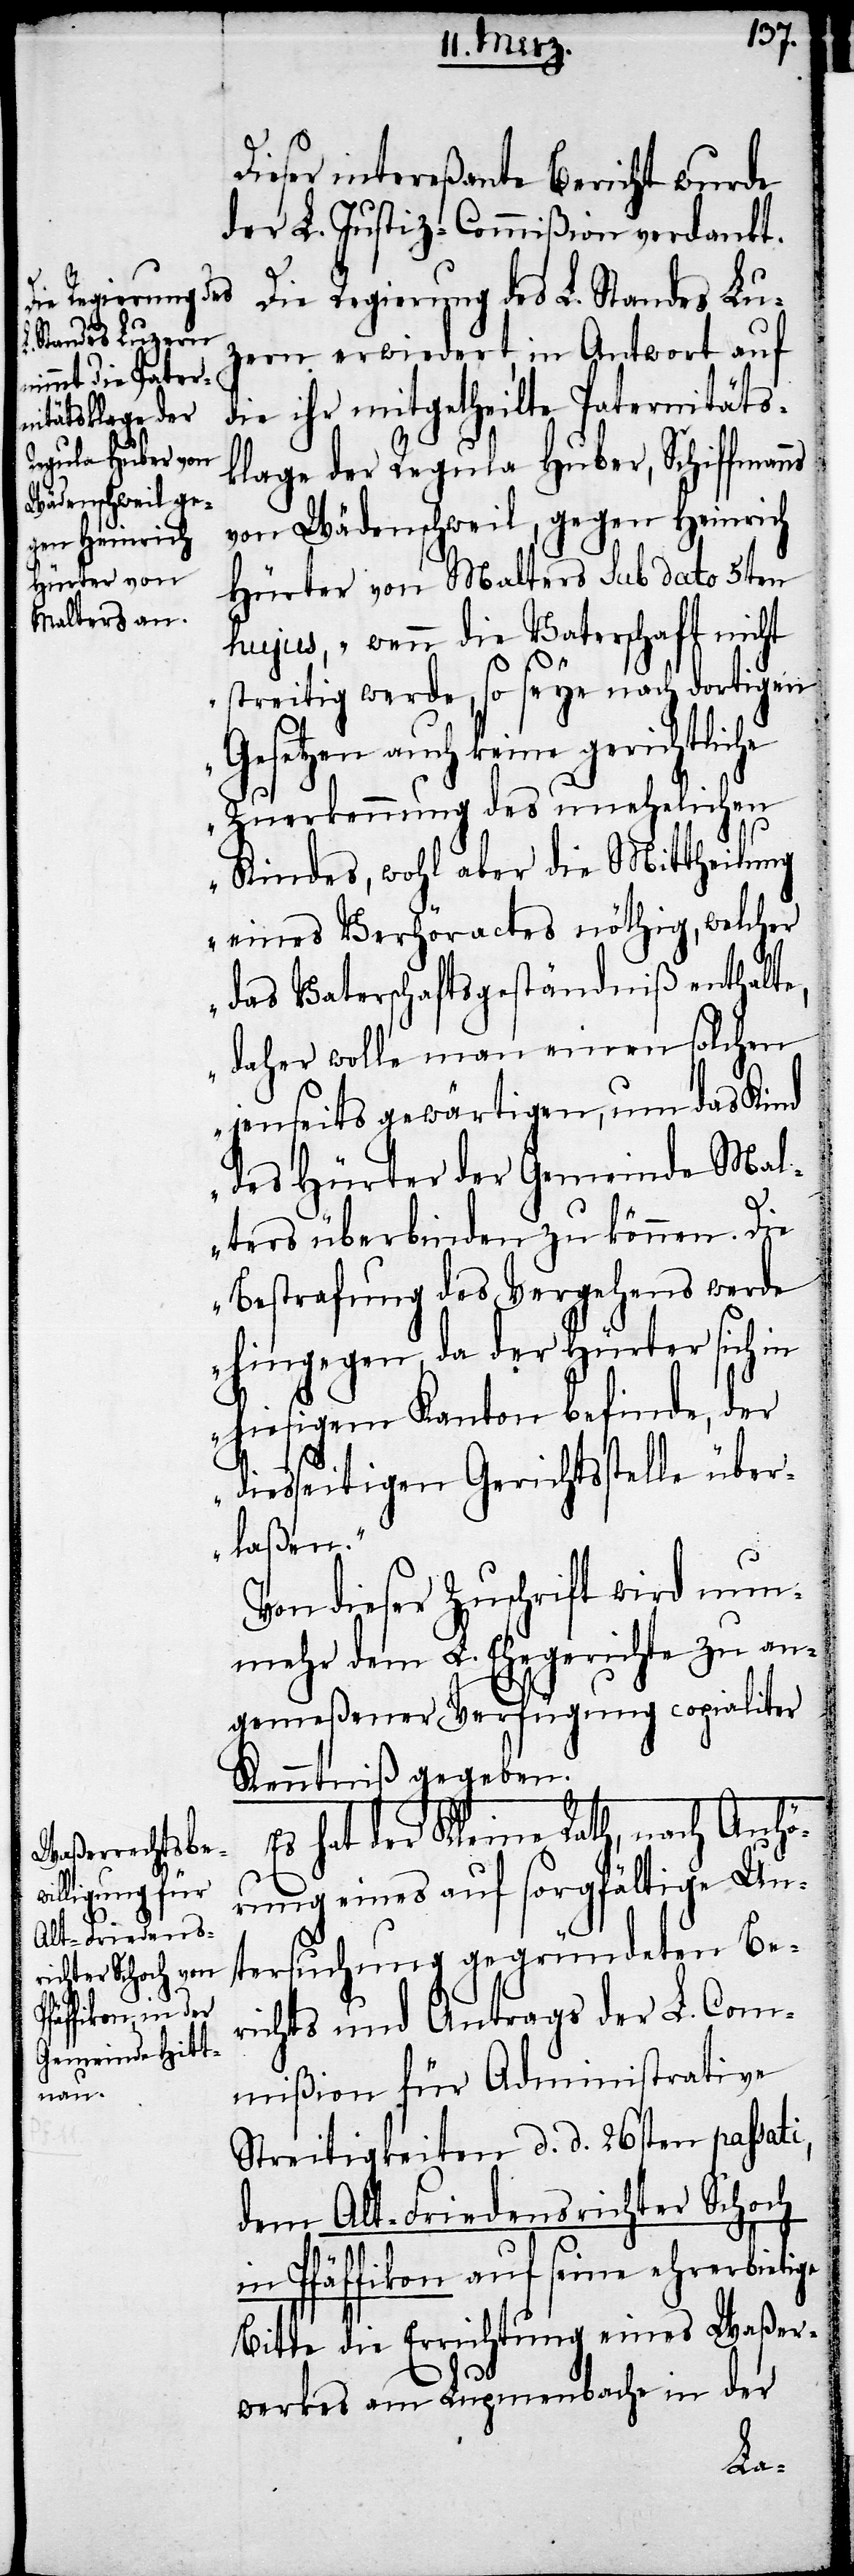
Dieser intereßante Bericht wurde
der L. Justiz-Commißion verdankt.
Die Regierung des L. Standes Lu¬
zern erwiedert, in Antwort auf
die ihr mitgetheilte Paternitäts¬
klage der Regula Huber, Schiffmanns
von Wädenschweil, gegen Heinrich
Hürter von Malters sub dato 5ten
hujus, „wenn die Vaterschaft nicht
streitig werde, so seye nach dortigen
Gesetzen auch keine gerichtlic¬
Zuerkennung des unehelichen
Kindes, wohl aber die Mittheilung
eines Verhöractes nöthig, welcher
das Vaterschaftsgeständniß enthalte,
daher wolle man einen solchen
jenseits gewärtigen, um das Kind
des Hürter der Gemeinde Mal¬
ters überbinden zu können. Die
Bestrafung des Vergehens werde
hingegen, da der Hürter sich in
hiesigem Kanton befinde, der
diesseitigen Gerichtsstelle über¬
laßen.“
Von dieser Zuschrift wird nun¬
mehr dem L. Ehegerichte zu an¬
gemeßener Verfügung copialiter
Kenntniß gegeben.
Es hat der Kleine Rath, nach Anhö¬
rung eines auf sorgfältige Un¬
tersuchung gegründeten Be¬
richts und Antrags der L. Com¬
mißion für Administrative
Streitigkeiten d. d. 26sten passati,
dem Alt-Friedensrichter Schoch
in Pfäffikon auf seine ehrerbietige
Bitte die Errichtung eines Waßer¬
werkes am Lupmenbache in der
he